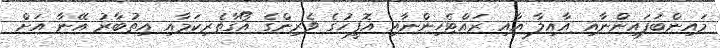
މައިންބަފައިންނާއި އާއިލާ އާއި ރައްޓެހިންނާއި އޮފީހުގެ ވެރިންގެ އޯގާތެރިކަމާއި އިތުބާރު އޭނާ އަށް